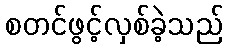
စတင်ဖွင့်လှစ်ခဲ့သည်